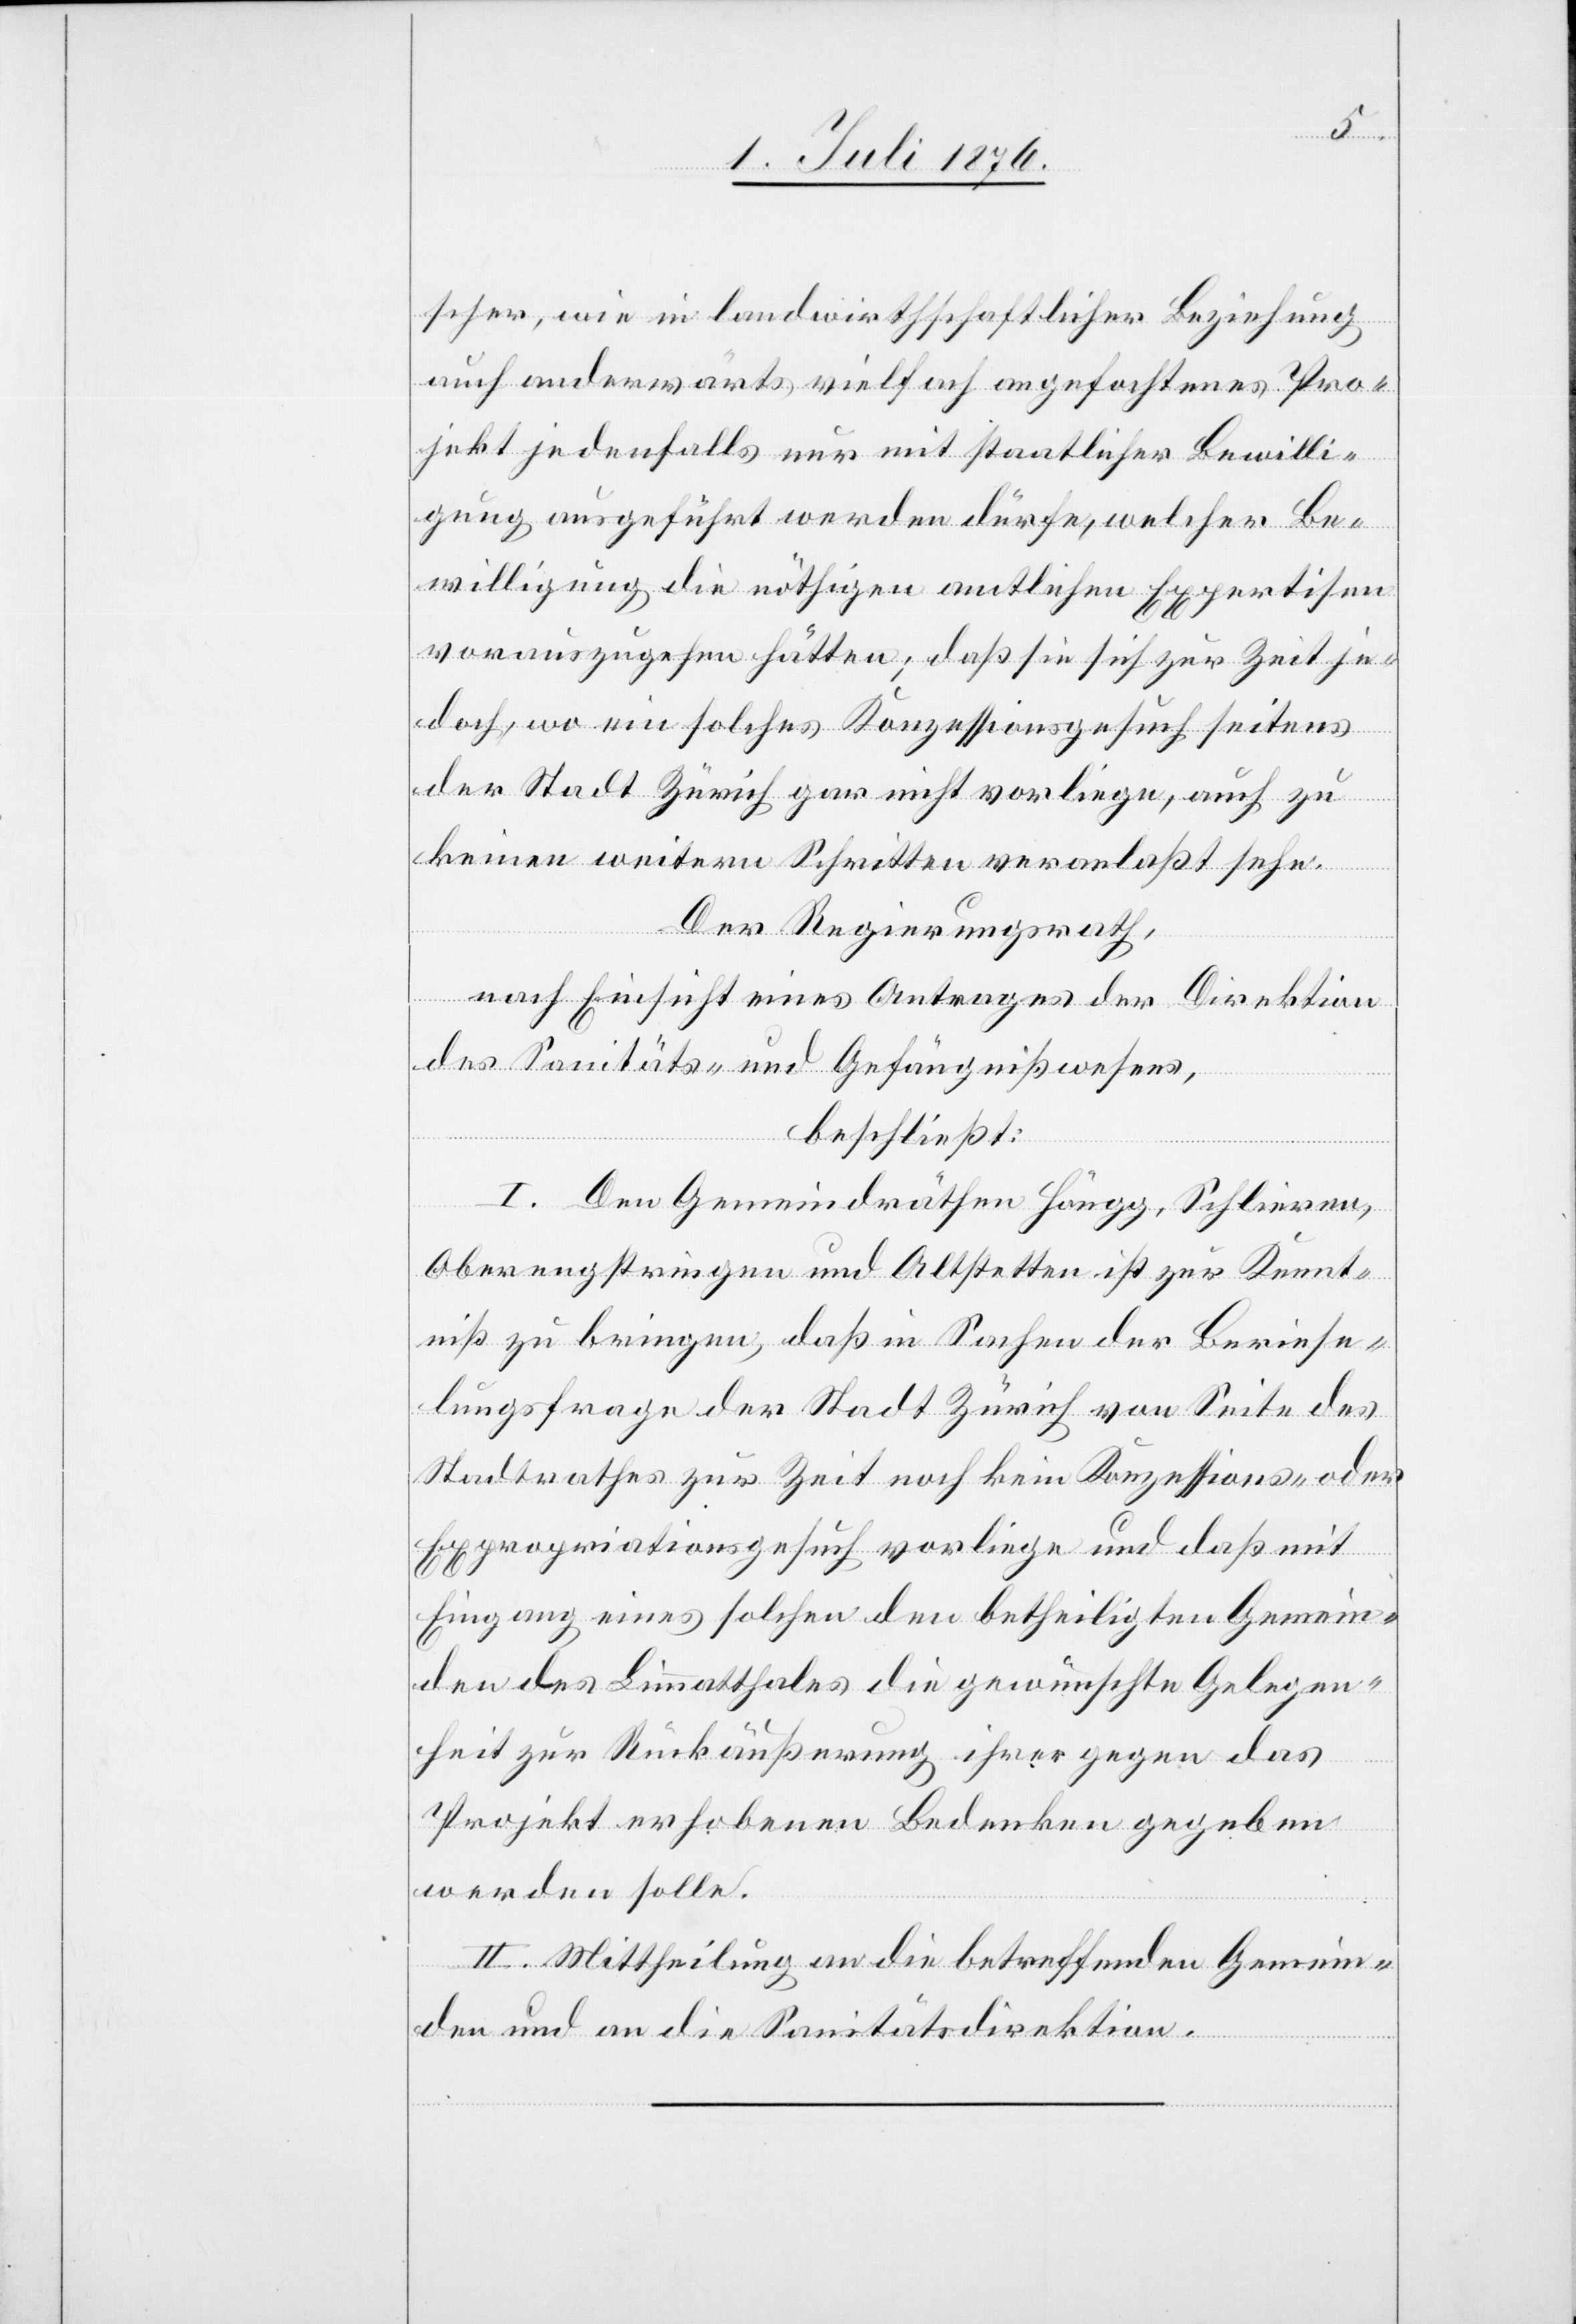
scher, wie in landwirthschaftlicher Beziehung
auch anderwärts vielfach angefochtenes Pro¬
jekt jedenfalls nur mit staatlicher Bewilli¬
gung ausgeführt werden dürfe, welcher Be¬
willigung die nöthigen amtlichen Expertisen
vorauszugehen hätten; daß sie sich zur Zeit je¬
doch, wo ein solches Konzessionsgesuch seitens
der Stadt Zürich gar nicht vorliege, auch zu
keinen weitern Schritten veranlaßt sehe.
Der Regierungsrath,
nach Einsicht eines Antrages der Direktion
des Sanitäts- und Gefängnißwesens,
beschließt:
I. Den Gemeindräthen Höngg, Schlieren,
Oberengstringen und Altstetten ist zur Kennt¬
niß zu bringen, daß in Sachen der Beriese¬
lungsfrage der Stadt Zürich von Seite des
Stadtrathes zur Zeit noch kein Konzessions- oder
Expropriationsgesuch vorliege und das mit
Eingang eines solchen den betheiligten Gemein¬
den des Limmatthales die gewünschte Gelegen¬
heit zur Rückäußerung ihrer gegen das
Projekt erhobenen Bedenken gegeben
werden solle.
II. Mittheilung an die betreffenden Gemein¬
den und an die Sanitätsdirektion.